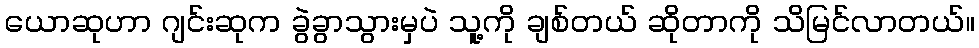
ယောဆုဟာ ဂျင်းဆုက ခွဲခွာသွားမှပဲ သူ့ကို ချစ်တယ် ဆိုတာကို သိမြင်လာတယ်။